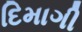
દિમાગી